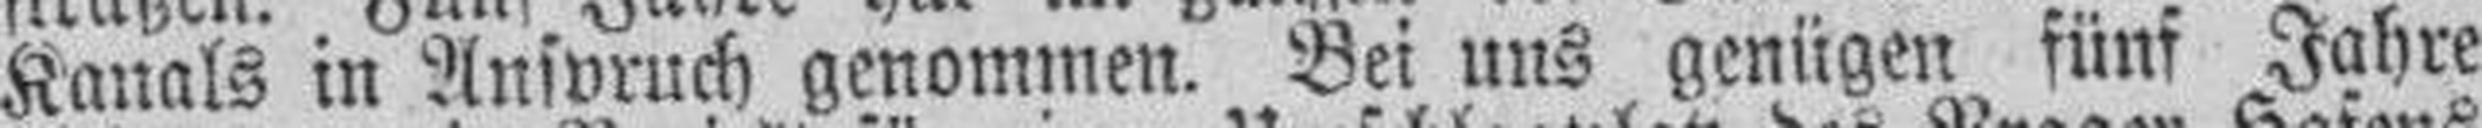
Kanals in Anspruch genommen. Bei uns genügen fünf Jahre